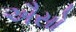
ઐસો